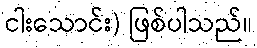
ငါးသောင်း) ဖြစ်ပါသည်။